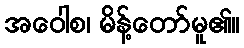
အဝေါစ၊ မိန့်တော်မူ၏။